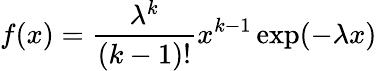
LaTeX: f(x)={\frac{\lambda^{k}}{(k-1)!}}x^{k-1}\exp(-\lambda x)